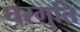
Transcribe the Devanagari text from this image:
घरगुति